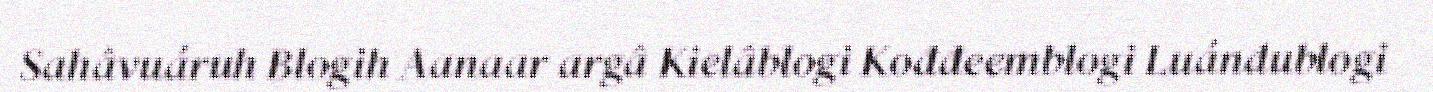
Sahâvuáruh Blogih Aanaar argâ Kielâblogi Kođđeemblogi Luándublogi